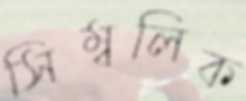
সিম্বলিক